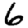
Digit: 6